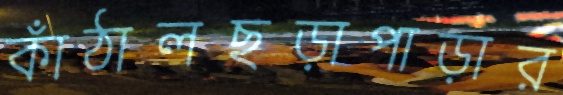
কাঁঠালছড়াপাড়ার